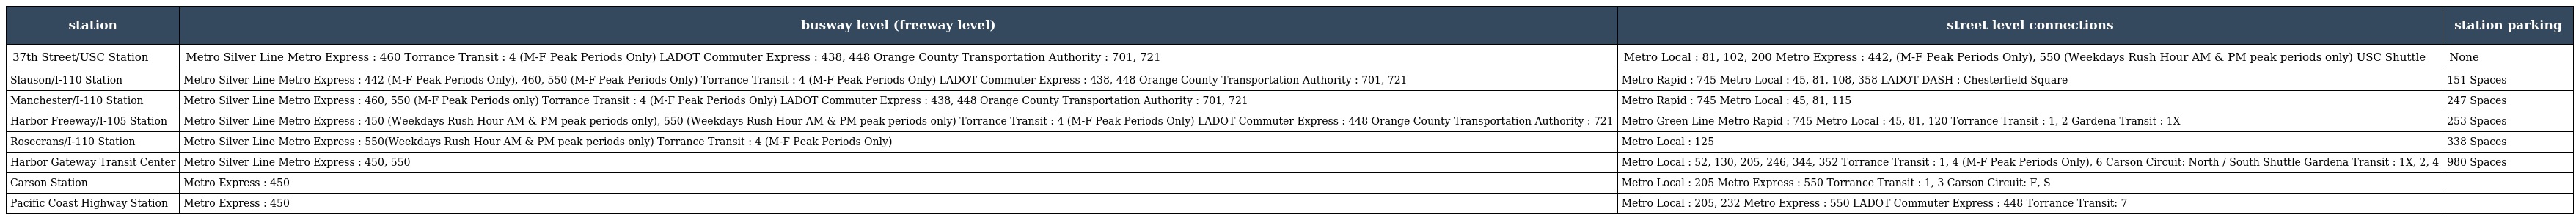
| station | busway level (freeway level) | street level connections | station parking |
 | --- | --- | --- | --- |
 | 37th Street/USC Station | Metro Silver Line Metro Express : 460 Torrance Transit : 4 (M-F Peak Periods Only) LADOT Commuter Express : 438, 448 Orange County Transportation Authority : 701, 721 | Metro Local : 81, 102, 200 Metro Express : 442, (M-F Peak Periods Only), 550 (Weekdays Rush Hour AM & PM peak periods only) USC Shuttle | None |
 | Slauson/I-110 Station | Metro Silver Line Metro Express : 442 (M-F Peak Periods Only), 460, 550 (M-F Peak Periods Only) Torrance Transit : 4 (M-F Peak Periods Only) LADOT Commuter Express : 438, 448 Orange County Transportation Authority : 701, 721 | Metro Rapid : 745 Metro Local : 45, 81, 108, 358 LADOT DASH : Chesterfield Square | 151 Spaces |
 | Manchester/I-110 Station | Metro Silver Line Metro Express : 460, 550 (M-F Peak Periods only) Torrance Transit : 4 (M-F Peak Periods Only) LADOT Commuter Express : 438, 448 Orange County Transportation Authority : 701, 721 | Metro Rapid : 745 Metro Local : 45, 81, 115 | 247 Spaces |
 | Harbor Freeway/I-105 Station | Metro Silver Line Metro Express : 450 (Weekdays Rush Hour AM & PM peak periods only), 550 (Weekdays Rush Hour AM & PM peak periods only) Torrance Transit : 4 (M-F Peak Periods Only) LADOT Commuter Express : 448 Orange County Transportation Authority : 721 | Metro Green Line Metro Rapid : 745 Metro Local : 45, 81, 120 Torrance Transit : 1, 2 Gardena Transit : 1X | 253 Spaces |
 | Rosecrans/I-110 Station | Metro Silver Line Metro Express : 550(Weekdays Rush Hour AM & PM peak periods only) Torrance Transit : 4 (M-F Peak Periods Only) | Metro Local : 125 | 338 Spaces |
 | Harbor Gateway Transit Center | Metro Silver Line Metro Express : 450, 550 | Metro Local : 52, 130, 205, 246, 344, 352 Torrance Transit : 1, 4 (M-F Peak Periods Only), 6 Carson Circuit: North / South Shuttle Gardena Transit : 1X, 2, 4 | 980 Spaces |
 | Carson Station | Metro Express : 450 | Metro Local : 205 Metro Express : 550 Torrance Transit : 1, 3 Carson Circuit: F, S |  |
 | Pacific Coast Highway Station | Metro Express : 450 | Metro Local : 205, 232 Metro Express : 550 LADOT Commuter Express : 448 Torrance Transit: 7 |  |